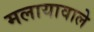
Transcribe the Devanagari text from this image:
मलायावाले